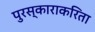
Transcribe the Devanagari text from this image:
पुरस्काराकरिता